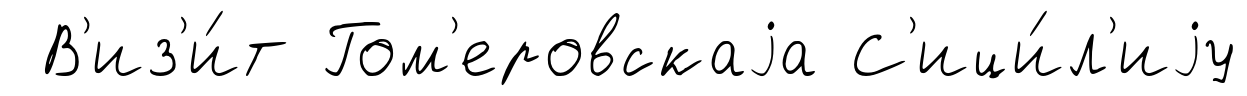
В'из'и́т Гом'еровскаjа С'ици́л'иjу